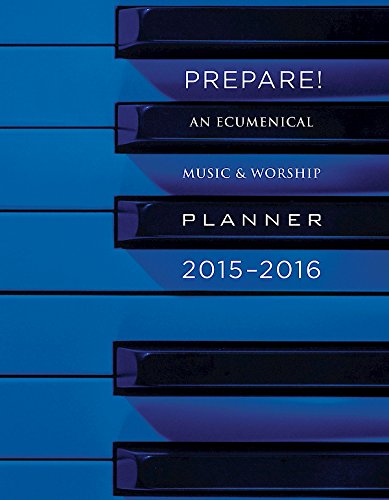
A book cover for Prepare! 2015-2016: An Ecumenical Music & Worship Planner; David L. Bone; Christian Books & Bibles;